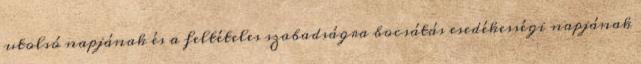
utolsó napjának és a feltételes szabadságra bocsátás esedékességi napjának